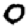
Digit: 0